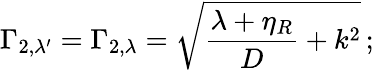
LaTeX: \Gamma_{2,\lambda^{\prime}}=\Gamma_{2,\lambda}=\sqrt{\frac{\lambda+\eta_{R}}{D}+k^{2}}\, ;